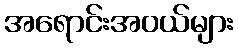
အရောင်းအဝယ်များ